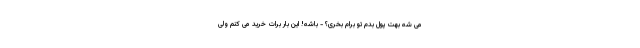
می شه بهت پول بدم تو برام بخری؟ - باشه! این بار برات خرید می کنم ولی